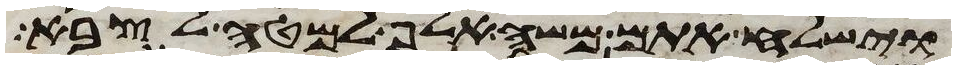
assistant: וישלח אתם משה אלף למטה לצבא